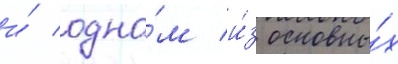
и́ одно́м и́з основны́х